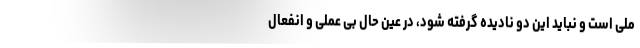
ملی است و نباید این دو نادیده گرفته شود، در عین حال بی عملی و انفعال